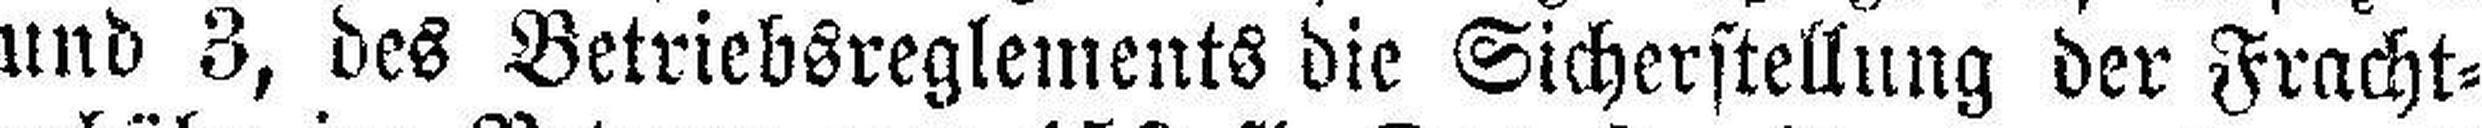
und 3, des Betriebsreglements die Sicherstellung der Fracht¬